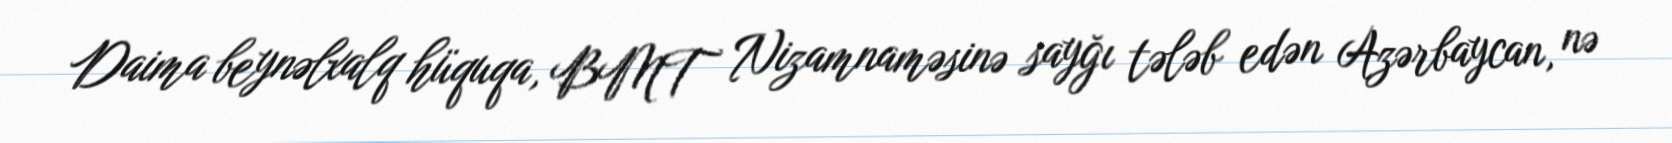
Daima beynəlxalq hüquqa, BMT Nizamnaməsinə sayğı tələb edən Azərbaycan, nə